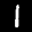
Label: 1